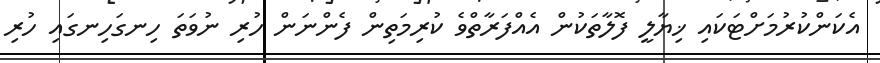
އެކަންކުރުމަށްޓަކައި ޚިޔާލީ ފޮލާތަކުން އެއްފަރާތްވެ ކުރިމަތިން ފެންނަން ހުރި ނުވަތަ ހިނގަހިނގައި ހުރި